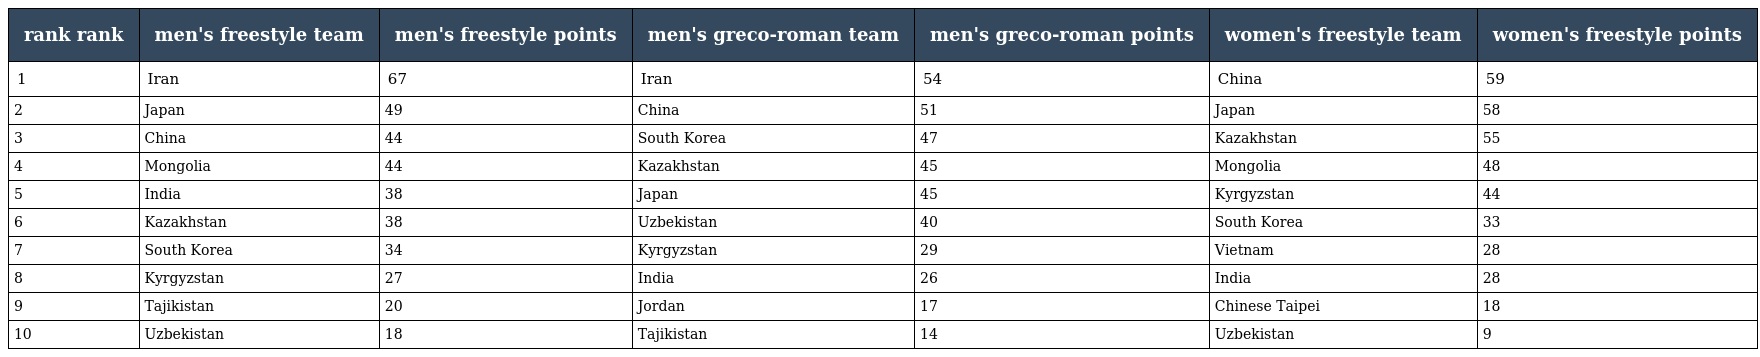
| rank rank | men's freestyle team | men's freestyle points | men's greco-roman team | men's greco-roman points | women's freestyle team | women's freestyle points |
 | --- | --- | --- | --- | --- | --- | --- |
 | 1 | Iran | 67 | Iran | 54 | China | 59 |
 | 2 | Japan | 49 | China | 51 | Japan | 58 |
 | 3 | China | 44 | South Korea | 47 | Kazakhstan | 55 |
 | 4 | Mongolia | 44 | Kazakhstan | 45 | Mongolia | 48 |
 | 5 | India | 38 | Japan | 45 | Kyrgyzstan | 44 |
 | 6 | Kazakhstan | 38 | Uzbekistan | 40 | South Korea | 33 |
 | 7 | South Korea | 34 | Kyrgyzstan | 29 | Vietnam | 28 |
 | 8 | Kyrgyzstan | 27 | India | 26 | India | 28 |
 | 9 | Tajikistan | 20 | Jordan | 17 | Chinese Taipei | 18 |
 | 10 | Uzbekistan | 18 | Tajikistan | 14 | Uzbekistan | 9 |